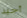
أجيد